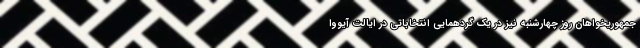
جمهوریخواهان روز چهارشنبه نیز در یک گردهمایی انتخاباتی در ایالت آیووا